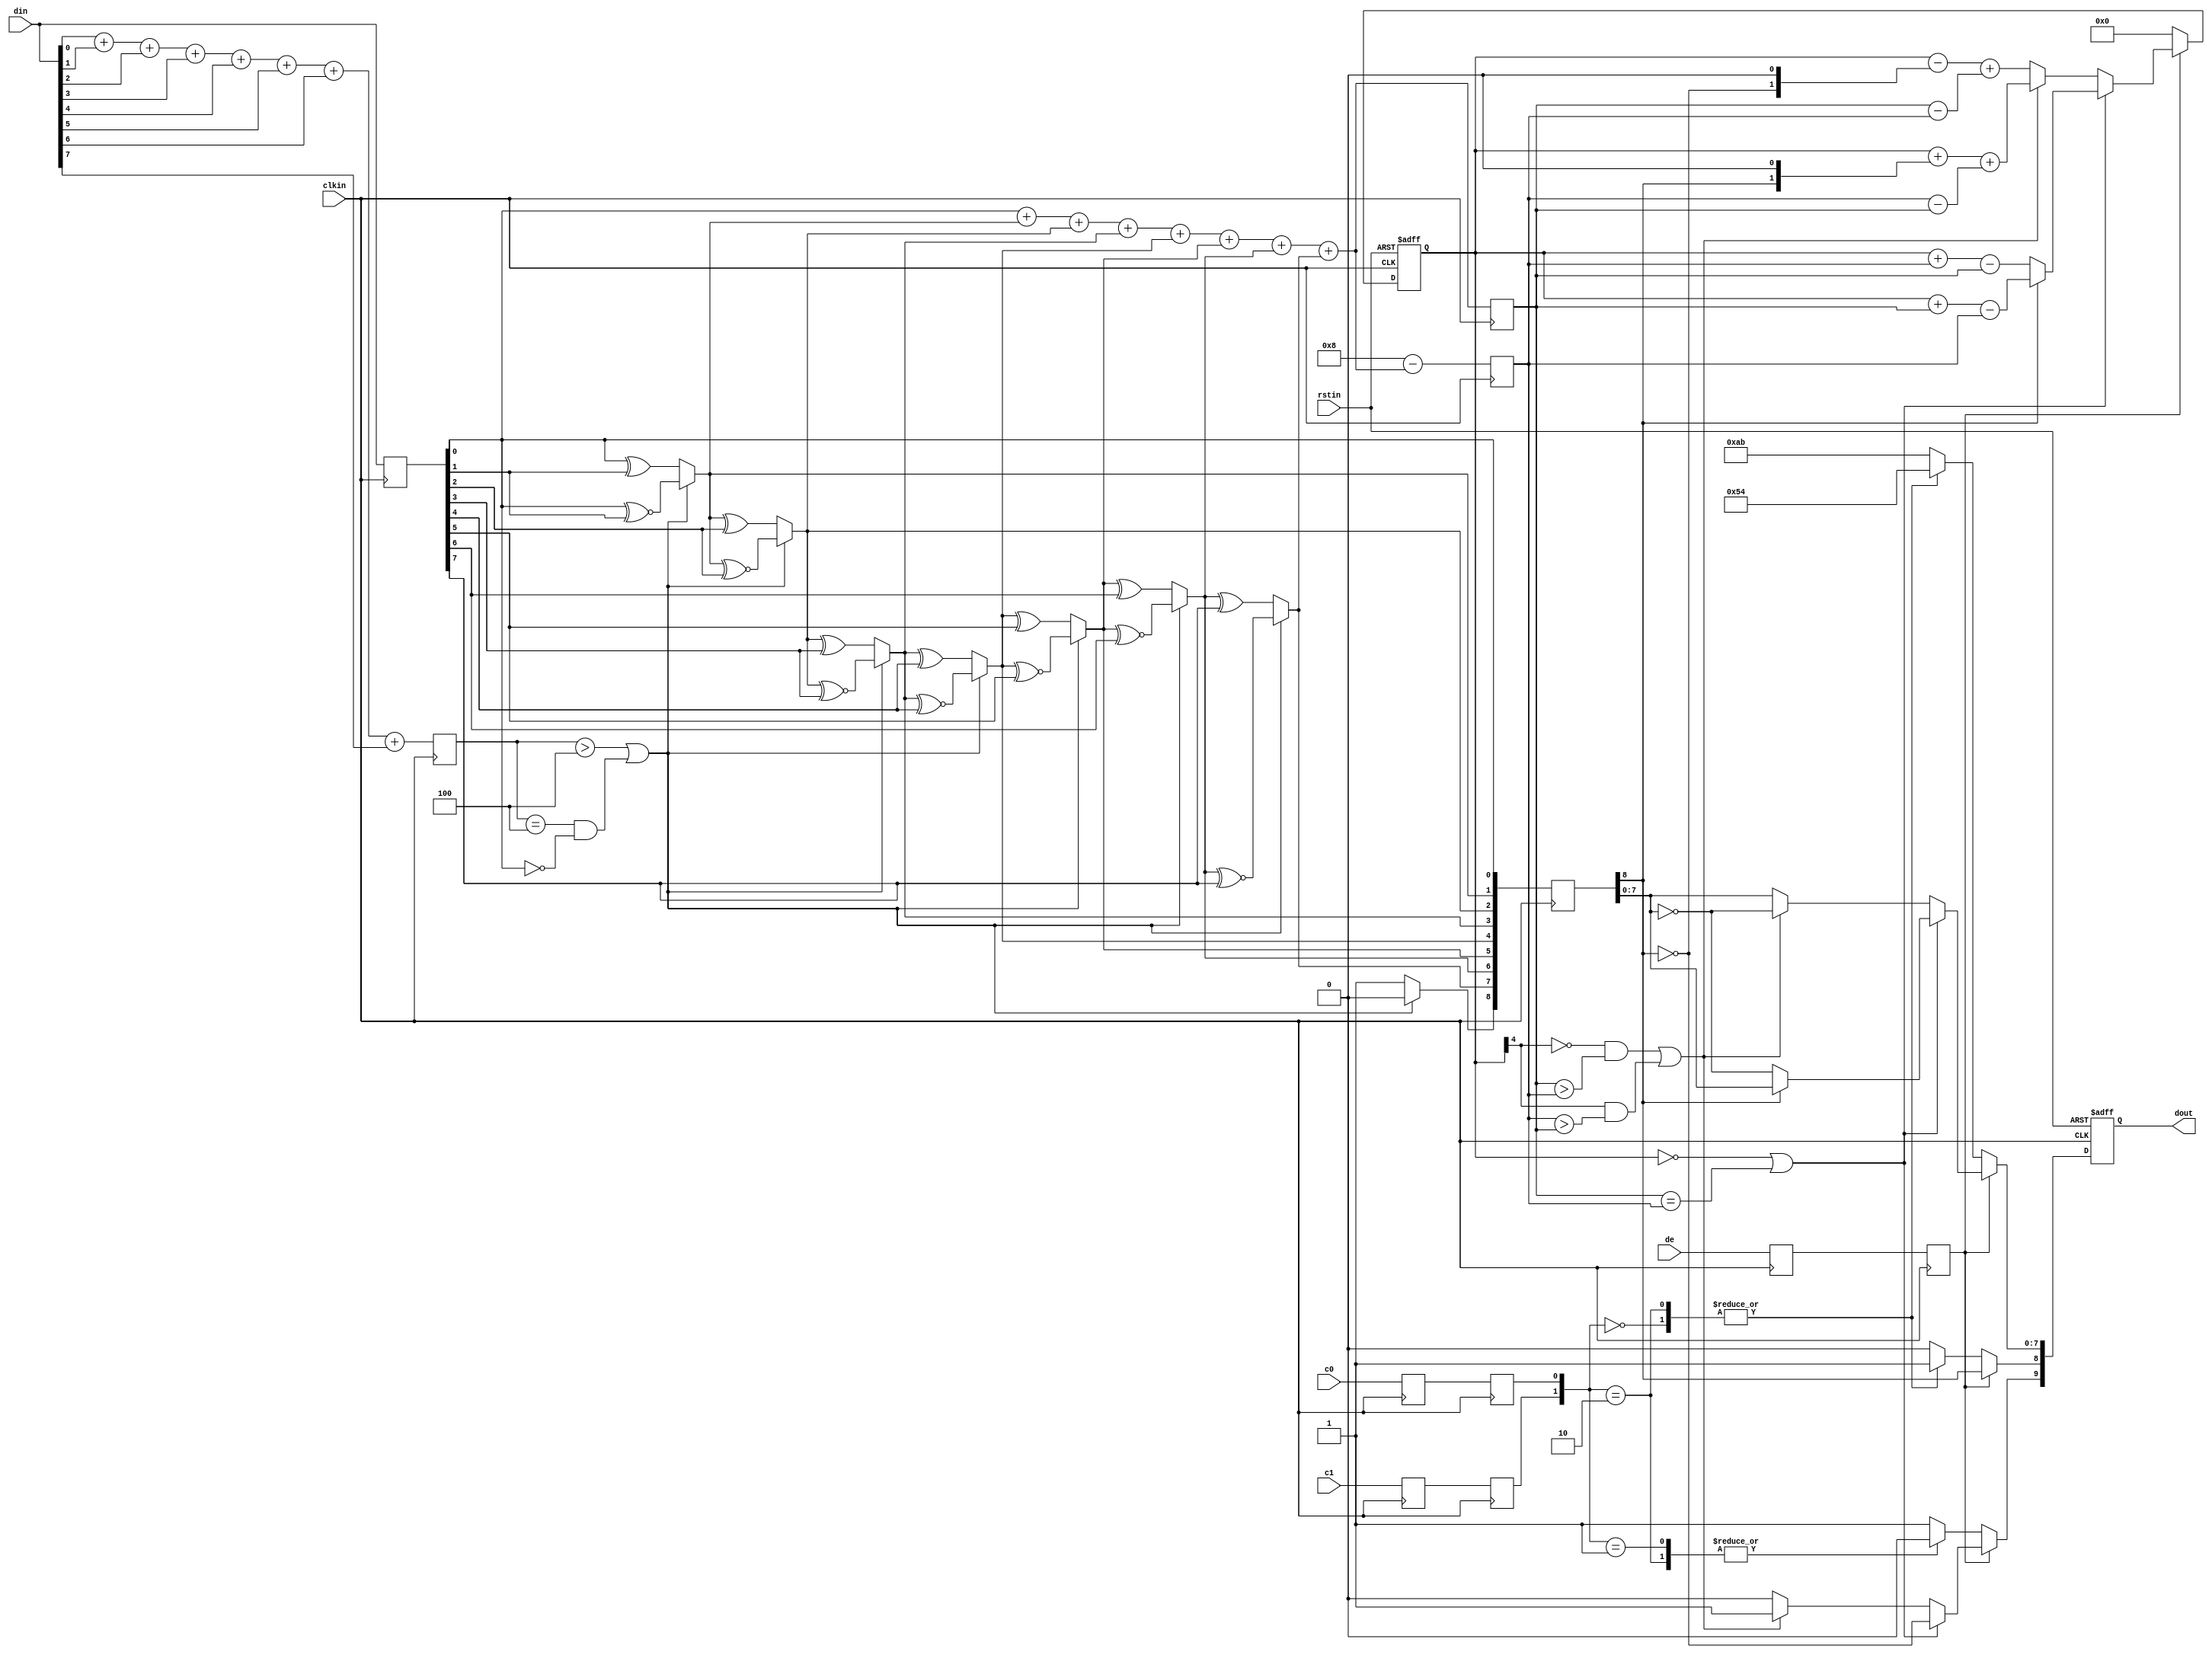
`timescale 1 ps / 1ps

module dvi_encoder (
  input            clkin,    // pixel clock input
  input            rstin,    // async. reset input (active high)
  input      [7:0] din,      // data inputs: expect registered
  input            c0,       // c0 input
  input            c1,       // c1 input
  input            de,       // de input
  output reg [9:0] dout      // data outputs
);

  ////////////////////////////////////////////////////////////
  // Counting number of 1s and 0s for each incoming pixel
  // component. Pipe line the result.
  // Register Data Input so it matches the pipe lined adder
  // output
  ////////////////////////////////////////////////////////////
  reg [3:0] n1d; //number of 1s in din
  reg [7:0] din_q;

//1
  always @ (posedge clkin) begin
    n1d <=#1 din[0] + din[1] + din[2] + din[3] + din[4] + din[5] + din[6] + din[7];

    din_q <=#1 din;
  end

  ///////////////////////////////////////////////////////
  // Stage 1: 8 bit -> 9 bit
  // Refer to DVI 1.0 Specification, page 29, Figure 3-5
  ///////////////////////////////////////////////////////
  wire decision1;

  assign decision1 = (n1d > 4'h4) | ((n1d == 4'h4) & (din_q[0] == 1'b0));

  wire [8:0] q_m;
  assign q_m[0] = din_q[0];
  assign q_m[1] = (decision1) ? (q_m[0] ^~ din_q[1]) : (q_m[0] ^ din_q[1]);
  assign q_m[2] = (decision1) ? (q_m[1] ^~ din_q[2]) : (q_m[1] ^ din_q[2]);
  assign q_m[3] = (decision1) ? (q_m[2] ^~ din_q[3]) : (q_m[2] ^ din_q[3]);
  assign q_m[4] = (decision1) ? (q_m[3] ^~ din_q[4]) : (q_m[3] ^ din_q[4]);
  assign q_m[5] = (decision1) ? (q_m[4] ^~ din_q[5]) : (q_m[4] ^ din_q[5]);
  assign q_m[6] = (decision1) ? (q_m[5] ^~ din_q[6]) : (q_m[5] ^ din_q[6]);
  assign q_m[7] = (decision1) ? (q_m[6] ^~ din_q[7]) : (q_m[6] ^ din_q[7]);
  assign q_m[8] = (decision1) ? 1'b0 : 1'b1;

  /////////////////////////////////////////////////////////
  // Stage 2: 9 bit -> 10 bit
  // Refer to DVI 1.0 Specification, page 29, Figure 3-5
  /////////////////////////////////////////////////////////
  reg [3:0] n1q_m, n0q_m; // number of 1s and 0s for q_m
  always @ (posedge clkin) begin
    n1q_m  <=#1 q_m[0] + q_m[1] + q_m[2] + q_m[3] + q_m[4] + q_m[5] + q_m[6] + q_m[7];
    n0q_m  <=#1 4'h8 - (q_m[0] + q_m[1] + q_m[2] + q_m[3] + q_m[4] + q_m[5] + q_m[6] + q_m[7]);
  end

  parameter CTRLTOKEN0 = 10'b1101010100;
  parameter CTRLTOKEN1 = 10'b0010101011;
  parameter CTRLTOKEN2 = 10'b0101010100;
  parameter CTRLTOKEN3 = 10'b1010101011;

  reg [4:0] cnt; //disparity counter, MSB is the sign bit
  wire decision2, decision3;

  assign decision2 = (cnt == 5'h0) | (n1q_m == n0q_m);
  /////////////////////////////////////////////////////////////////////////
  // [(cnt > 0) and (N1q_m > N0q_m)] or [(cnt < 0) and (N0q_m > N1q_m)]
  /////////////////////////////////////////////////////////////////////////
  assign decision3 = (~cnt[4] & (n1q_m > n0q_m)) | (cnt[4] & (n0q_m > n1q_m));

  ////////////////////////////////////
  // pipe line alignment
  ////////////////////////////////////
  reg       de_q, de_reg;
  reg       c0_q, c1_q;
  reg       c0_reg, c1_reg;
  reg [8:0] q_m_reg;

  always @ (posedge clkin) begin
    de_q    <=#1 de;
    de_reg  <=#1 de_q;
    
    c0_q    <=#1 c0;
    c0_reg  <=#1 c0_q;
    c1_q    <=#1 c1;
    c1_reg  <=#1 c1_q;

    q_m_reg <=#1 q_m;
  end

  ///////////////////////////////
  // 10-bit out
  // disparity counter
  ///////////////////////////////
  always @ (posedge clkin or posedge rstin) begin
    if(rstin) begin
      dout <= 10'h0;
      cnt <= 5'h0;
    end else begin
      if (de_reg) begin
        if(decision2) begin
          dout[9]   <=#1 ~q_m_reg[8]; 
          dout[8]   <=#1 q_m_reg[8]; 
          dout[7:0] <=#1 (q_m_reg[8]) ? q_m_reg[7:0] : ~q_m_reg[7:0];

          cnt <=#1 (~q_m_reg[8]) ? (cnt + n0q_m - n1q_m) : (cnt + n1q_m - n0q_m);
        end else begin
          if(decision3) begin
            dout[9]   <=#1 1'b1;
            dout[8]   <=#1 q_m_reg[8];
            dout[7:0] <=#1 ~q_m_reg[7:0];

            cnt <=#1 cnt + {q_m_reg[8], 1'b0} + (n0q_m - n1q_m);
          end else begin
            dout[9]   <=#1 1'b0;
            dout[8]   <=#1 q_m_reg[8];
            dout[7:0] <=#1 q_m_reg[7:0];

            cnt <=#1 cnt - {~q_m_reg[8], 1'b0} + (n1q_m - n0q_m);
          end
        end
      end else begin
        case ({c1_reg, c0_reg})
          2'b00:   dout <=#1 CTRLTOKEN0;
          2'b01:   dout <=#1 CTRLTOKEN1;
          2'b10:   dout <=#1 CTRLTOKEN2;
          default: dout <=#1 CTRLTOKEN3;
        endcase

        cnt <=#1 5'h0;
      end
    end
  end
  
endmodule